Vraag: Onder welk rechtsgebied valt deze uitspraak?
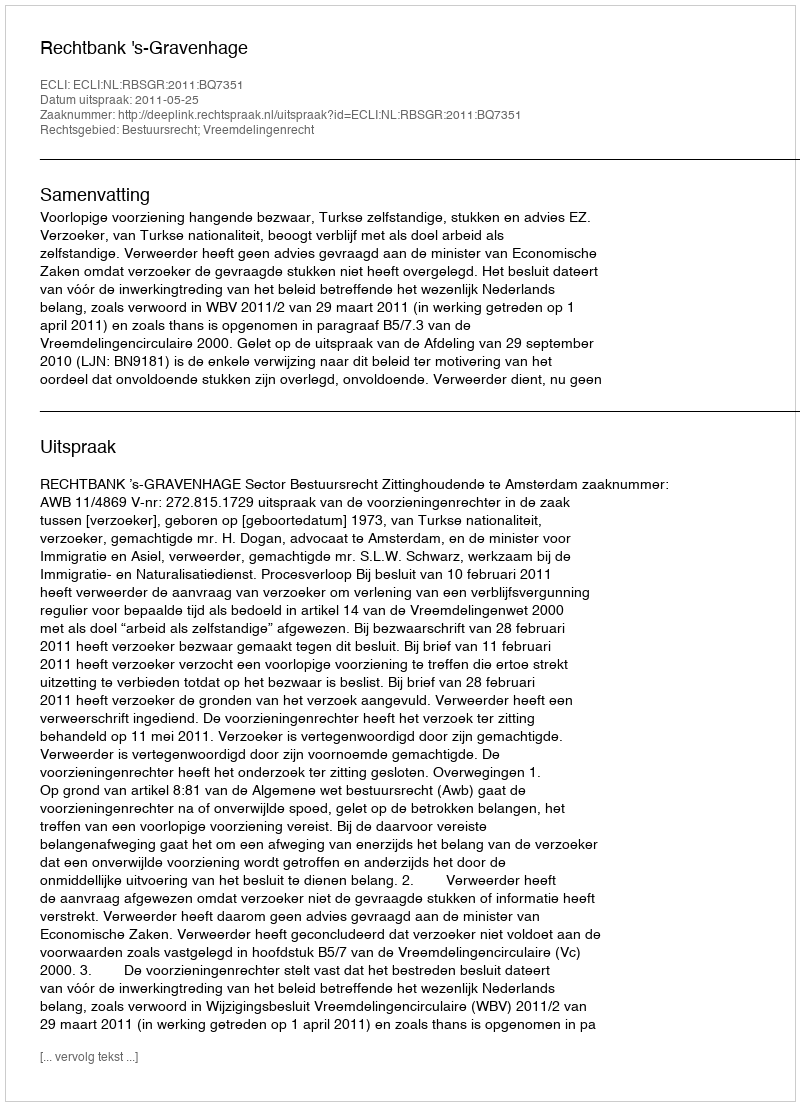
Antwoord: Bestuursrecht; Vreemdelingenrecht